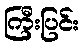
ကြီးပြင်း